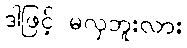
ဒါဖြင့် မလှဘူးလား